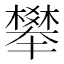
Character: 𣝴